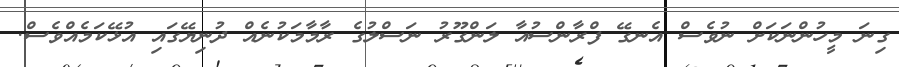
ގިނަ މީހުންނަކަށް ނުވެސް އެނގޭ ފްރާންސުއާ ލަންގޫރު ނަސްލުގެ ރާމާމަކުނެއް ދުނިޔޭގައި އުޅޭކަމެއްވެސް.